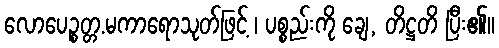
လောပေဉ္စတ္တ.မကာရောသုတ်ဖြင့် ၊ ပစ္စည်းကို ချေ, တိဋ္ဌတိ ပြီး၏။